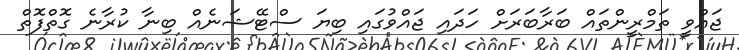
ޖައްވީ ތަމްރީންތައް ބަރާބަަރަށް ހަދައި ޖައްވުގައި ބިޔަ ސްޓޭޝަނެއް ބިނާ ކުރާނެ ގޮތްފޮތް